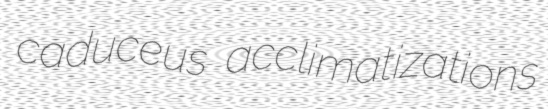
caduceus acclimatizations